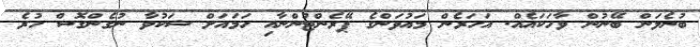
ބުނެލަން ބޭނުން ވާހަކައެއް. އަހަރެން މައުވަންގެ ޕޭރެންޓުންނާއި ހަމައަށް ޝަކުވާ ނުގެންގޮސް ހުރެ